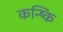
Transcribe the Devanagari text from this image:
कन्ष्कि